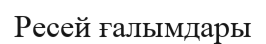
Ресей ғалымдары